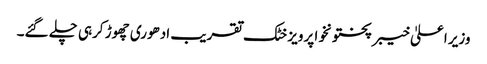
وزیر اعلیٰ خیبر پختونخوا پرویز خٹک تقریب ادھوری چھوڑ کرہی چلے گئے۔